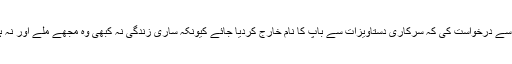
لڑکی تطہیر فاطمہ نے عدالت سے درخواست کی کہ سرکاری دستاویزات سے باپ کا نام خارج کردیا جائے کیونکہ ساری زندگی نہ کبھی وہ مجھے ملے اور نہ ہی پرورش کے اخراجات دیے۔